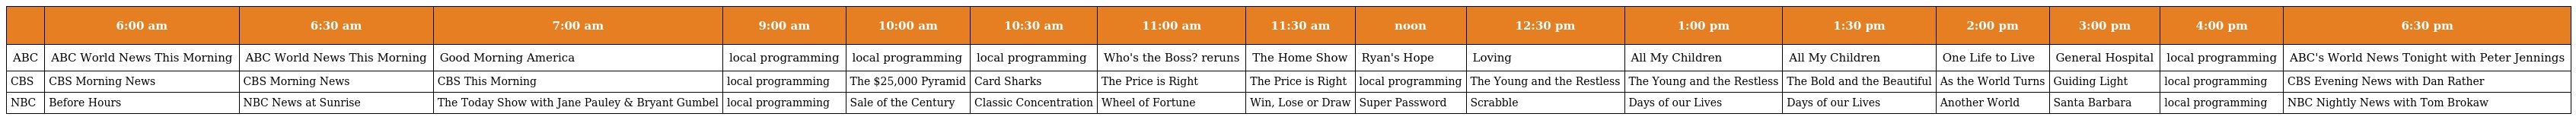
|  | 6:00 am | 6:30 am | 7:00 am | 9:00 am | 10:00 am | 10:30 am | 11:00 am | 11:30 am | noon | 12:30 pm | 1:00 pm | 1:30 pm | 2:00 pm | 3:00 pm | 4:00 pm | 6:30 pm |
 | --- | --- | --- | --- | --- | --- | --- | --- | --- | --- | --- | --- | --- | --- | --- | --- | --- |
 | ABC | ABC World News This Morning | ABC World News This Morning | Good Morning America | local programming | local programming | local programming | Who's the Boss? reruns | The Home Show | Ryan's Hope | Loving | All My Children | All My Children | One Life to Live | General Hospital | local programming | ABC's World News Tonight with Peter Jennings |
 | CBS | CBS Morning News | CBS Morning News | CBS This Morning | local programming | The $25,000 Pyramid | Card Sharks | The Price is Right | The Price is Right | local programming | The Young and the Restless | The Young and the Restless | The Bold and the Beautiful | As the World Turns | Guiding Light | local programming | CBS Evening News with Dan Rather |
 | NBC | Before Hours | NBC News at Sunrise | The Today Show with Jane Pauley & Bryant Gumbel | local programming | Sale of the Century | Classic Concentration | Wheel of Fortune | Win, Lose or Draw | Super Password | Scrabble | Days of our Lives | Days of our Lives | Another World | Santa Barbara | local programming | NBC Nightly News with Tom Brokaw |